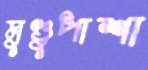
মুণ্ডুপাশা